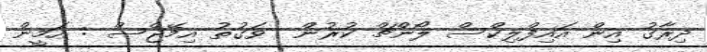
ދިރާގު އިން އައިފްލިކްސް ލޯންޗް ކުރުން  ވަގުތު އިމޭޖްސް : އަމީން